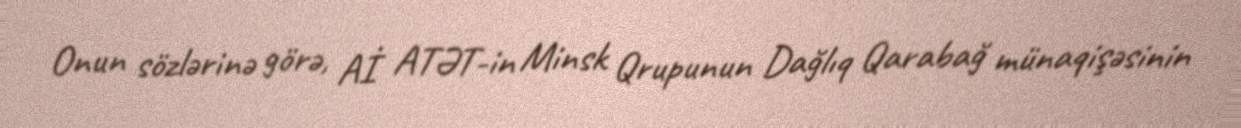
Onun sözlərinə görə, Aİ ATƏT-in Minsk Qrupunun Dağlıq Qarabağ münaqişəsinin